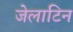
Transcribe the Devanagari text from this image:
जेलाटिन